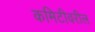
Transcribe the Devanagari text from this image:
कमिटीवरील